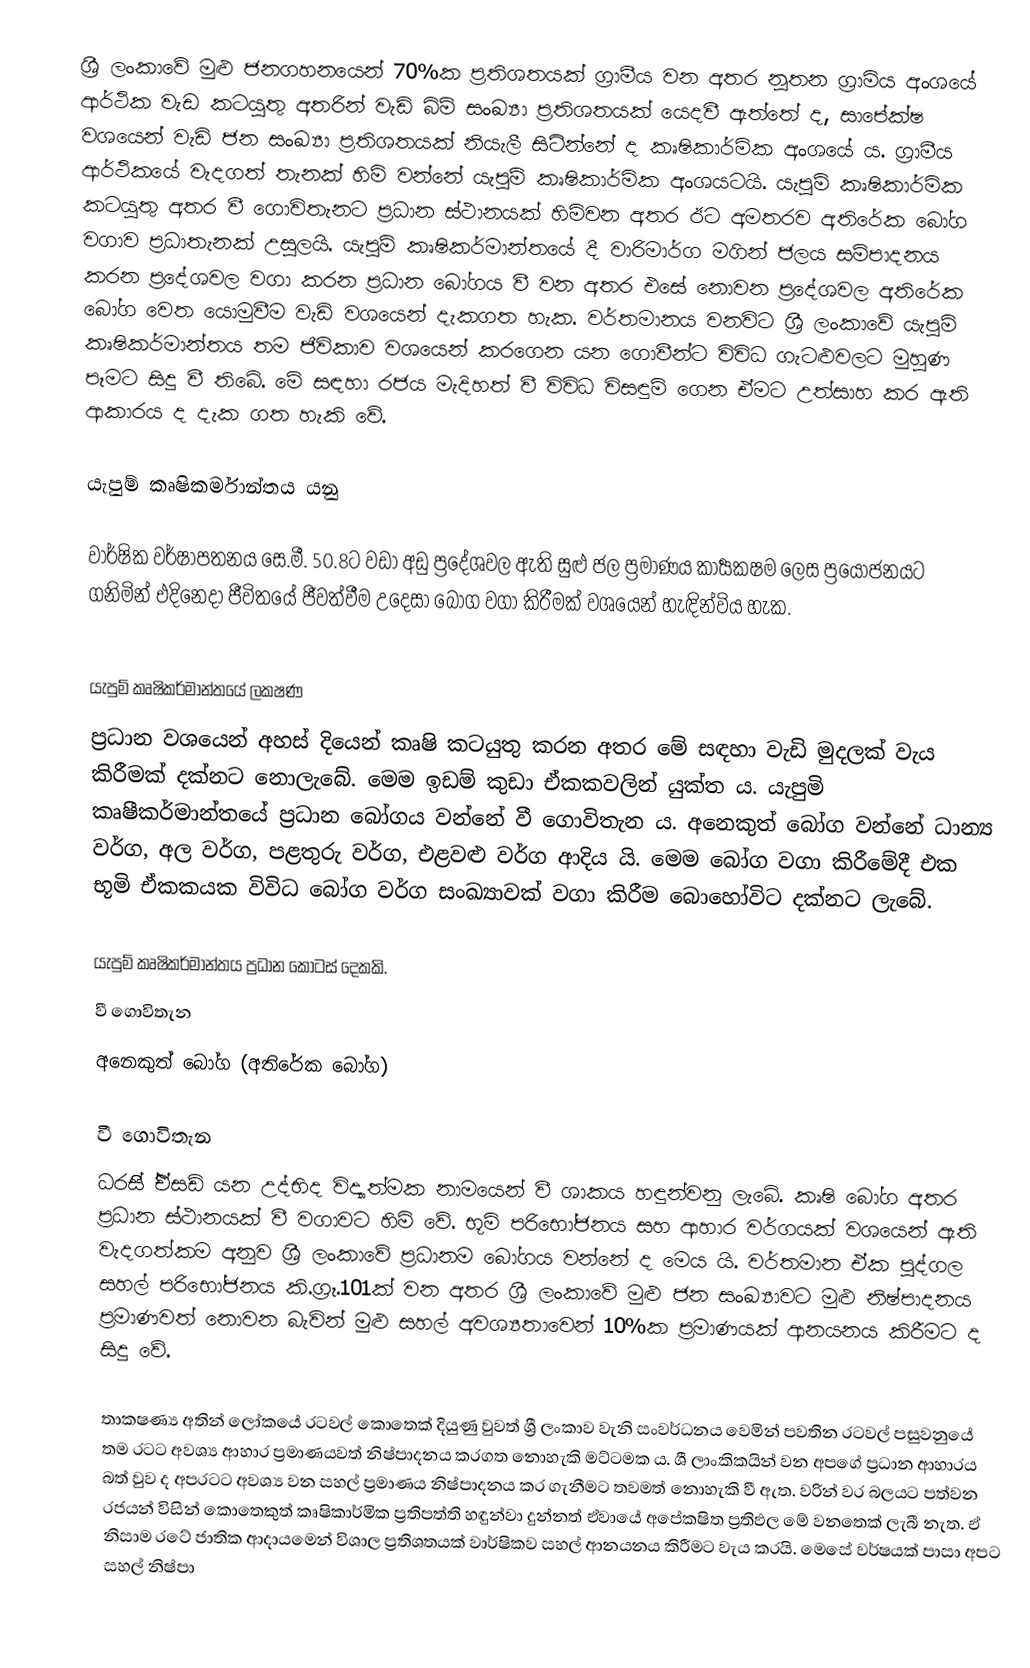
ශ්‍රී ලංකාවේ මුළු ජනගහනයෙන් 70%ක ප්‍රතිශතයක් ග්‍රාමීය වන අතර නූතන ග්‍රාමිය අංශයේ ආර්ථික වැඩ කටයුතු අතරින් වැඩි බිම් සංඛ්‍යා ප්‍රතිශතයක් යෙදවී ඇත්තේ ද, සාපේක‍්ෂ වශයෙන් වැඩි ජන සංඛ්‍යා ප්‍රතිශතයක් නියැලී සිටින්නේ ද කෘෂිකාර්මික අංශයේ ය. ග්‍රාමීය ආර්ථිකයේ වැදගත් තැනක් හිමි වන්නේ යැපුම් කෘෂිකාර්මික අංශයටයි. යැපුම් කෘෂිකාර්මික කටයුතු අතර වී ගොවිතැනට ප්‍රධාන ස්ථානයක් හිමිවන අතර ඊට අමතරව අතිරේක බෝග වගාව ප්‍රධාතැනක් උසුලයි. යැපුම් කෘෂිකර්මාන්තයේ දී වාරිමාර්ග මගින් ජලය සම්පාදනය කරන ප්‍රදේශවල වගා කරන ප්‍රධාන බෝගය වී වන අතර එසේ නොවන ප්‍රදේශවල අතිරේක  බෝග වෙත යොමුවීම වැඩි වශයෙන් දැකගත හැක. වර්තමානය වනවිට ශ්‍රී ලංකාවේ යැපුම් කෘෂිකර්මාන්තය තම ජීවිකාව වශයෙන් කරගෙන යන ගොවීන්ට  විවිධ ගැටළුවලට මුහුණ පෑමට සිදු වී තිබේ. මේ සඳහා රජය මැදිහත් වී විවිධ විසඳුම් ගෙන ඒමට උත්සාහ  කර ඇති ආකාරය ද දැක ගත හැකි වේ.

යැපුම් කෘෂිකර්මාන්තය යනු

වාර්ෂික වර්ෂාපතනය සෙ.මී. 50.8ට වඩා අඩු ප්‍රදේශවල ඇති සුළු ජල ප්‍රමාණය කාර්‍යක‍්ෂම ලෙස ප්‍රයෝජනයට ගනිමින් එදිනෙදා ජීවිතයේ ජීවත්වීම උදෙසා බෝග වගා කිරීමක් වශයෙන් හැඳින්විය හැක.

යැපුම් කෘෂිකර්මාන්තයේ ලක‍ෂණ
ප්‍රධාන වශයෙන් අහස් දියෙන් කෘෂි කටයුතු කරන අතර මේ සඳහා වැඩි මුදලක් වැය කිරීමක් දක්නට නොලැබේ. මෙම ඉඩම් කුඩා ඒකකවලින් යුක්ත ය. යැපුමි කෘෂීකර්මාන්තයේ ප්‍රධාන බෝගය වන්නේ වී ගොවිතැන ය. අනෙකුත් බෝග වන්නේ ධාන්‍ය වර්ග, අල වර්ග, පළතුරු වර්ග, එළවළු වර්ග ආදිය යි. මෙම බෝග වගා කිරීමේදී එක භූමි ඒකකයක විවිධ බෝග වර්ග සංඛ්‍යාවක් වගා කිරීම බොහෝවිට දක්නට ලැබේ.

යැපුම් කෘෂිකර්මාන්තය ප්‍රධාන කොටස් දෙකකි.
 වී ගොවිතැන
 අනෙකුත් බෝග (අතිරේක බෝග)

වී ගොවිතැන
ධරසිි් ි්ඒසඩ්  යන උද්භිද විද්‍යාත්මක නාමයෙන් වී ශාකය හඳුන්වනු ලැබේ. කෘෂි බෝග අතර ප්‍රධාන ස්ථානයක් වී වගාවට හිමි වේ. භූමි පරිභෝජනය සහ ආහාර වර්ගයක් වශයෙන් ඇති වැදගත්කම අනුව ශ්‍රී ලංකාවේ ප්‍රධානම බෝගය වන්නේ ද මෙය යි. වර්තමාන ඒක පුද්ගල සහල් පරිභෝජනය කි.ග්‍රෑ.101ක් වන අතර ශ්‍රී ලංකාවේ මුළු ජන සංඛ්‍යාවට මුළු නිෂ්පාදනය ප්‍රමාණවත් නොවන බැවින් මුළු සහල් අවශ්‍යතාවෙන් 10%ක ප්‍රමාණයක් ආනයනය කිරීමට ද සිදු වේ.

තාක‍ෂණ්‍ය අතින් ලෝකයේ රටවල් කොතෙක් දියුණු වුවත් ශ්‍රී ලංකාව වැනි සංවර්ධනය වෙමින් පවතින රටවල් පසුවනුයේ තම රටට අවශ්‍ය ආහාර ප්‍රමාණයවත් නිෂ්පාදනය කරගත නොහැකි මට්ටමක ය. ශී ලාංකිකයින් වන අපගේ ප්‍රධාන ආහාරය බත් වුව ද අපරටට අවශ්‍ය වන සහල් ප්‍රමාණය නිෂ්පාදනය කර ගැනීමට තවමත් නොහැකි වී ඇත. වරින් වර බලයට පත්වන රජයන් විසින් කොතෙකුත් කෘෂිකාර්මික ප්‍රතිපත්ති හඳුන්වා දුන්නත් ඒවායේ අපේක‍ෂිත ප්‍රතිඵල මේ වනතෙක් ලැබී නැත. ඒ නිසාම රටේ ජාතික ආදායමෙන් විශාල ප්‍රතිශතයක් වාර්ෂිකව සහල් ආනයනය කිරීමට වැය කරයි. මෙසේ වර්ෂයක් පාසා අපට සහල් නිෂ්පා